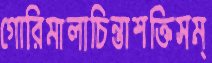
গোরিমালাচিন্তাশক্তিসম্